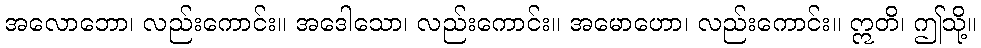
အလောဘော၊ လည်းကောင်း။ အဒေါသော၊ လည်းကောင်း။ အမောဟော၊ လည်းကောင်း။ ဣတိ၊ ဤသို့။